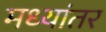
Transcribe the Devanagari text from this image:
मध्‍यांतर